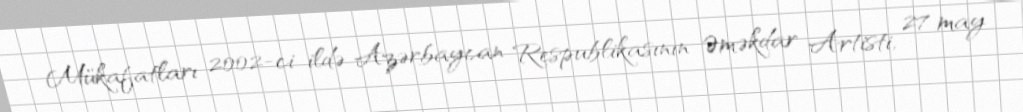
Mükafatları 2002-ci ildə Azərbaycan Respublikasının Əməkdar Artisti, 27 may